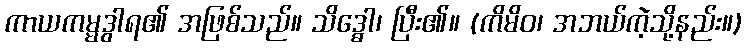
ကာယကမ္မဒွါရ၏ အဖြစ်သည်။ သိဒ္ဓော၊ ပြီး၏။ (ကိမိဝ၊ အဘယ်ကဲ့သို့နည်း။)